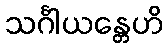
သင်္ဂါယန္တေဟိ